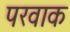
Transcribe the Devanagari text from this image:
परवाक